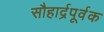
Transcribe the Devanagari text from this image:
सौहार्द्रपूर्वक